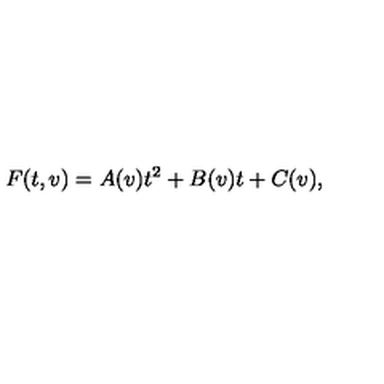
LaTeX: F ( t , v ) = A ( v ) t ^ { 2 } + B ( v ) t + C ( v ) ,